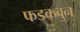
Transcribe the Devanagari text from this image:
फडकवुन